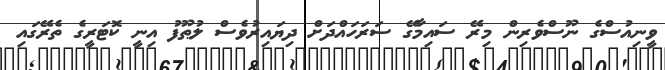
ވީނިއުސްގެ ނޫސްވެރިން މިރޭ ސައިމާގޭ ސަރަހައްދަށް ދިޔައިރުވެސް ލުޠޫފު އިނީ ކޮޓަރީގެ ތެރޭގައި